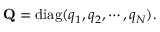
\mathrm { { \bf Q } } = \mathrm { d i a g } ( q _ { 1 } , q _ { 2 } , \cdots , q _ { N } ) .